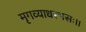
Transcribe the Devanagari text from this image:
मृगव्याधरभसः।।